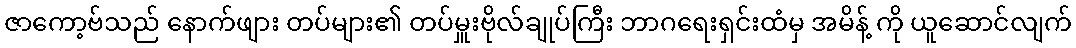
ဇာကော့ဗ်သည် နောက်ဖျား တပ်များ၏ တပ်မှူးဗိုလ်ချုပ်ကြီး ဘာဂရေးရှင်းထံမှ အမိန့် ကို ယူဆောင်လျက်